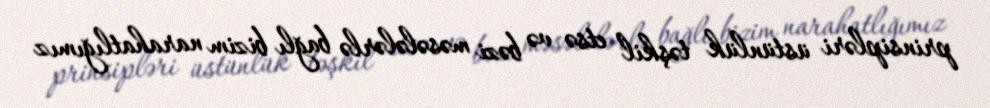
prinsipləri üstünlük təşkil etsə və bəzi məsələlərlə bağlı bizim narahatlığımız